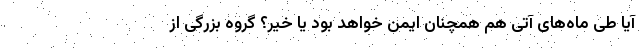
آیا طی ماه‌های آتی هم همچنان ایمن خواهد بود یا خیر؟ گروه بزرگی از